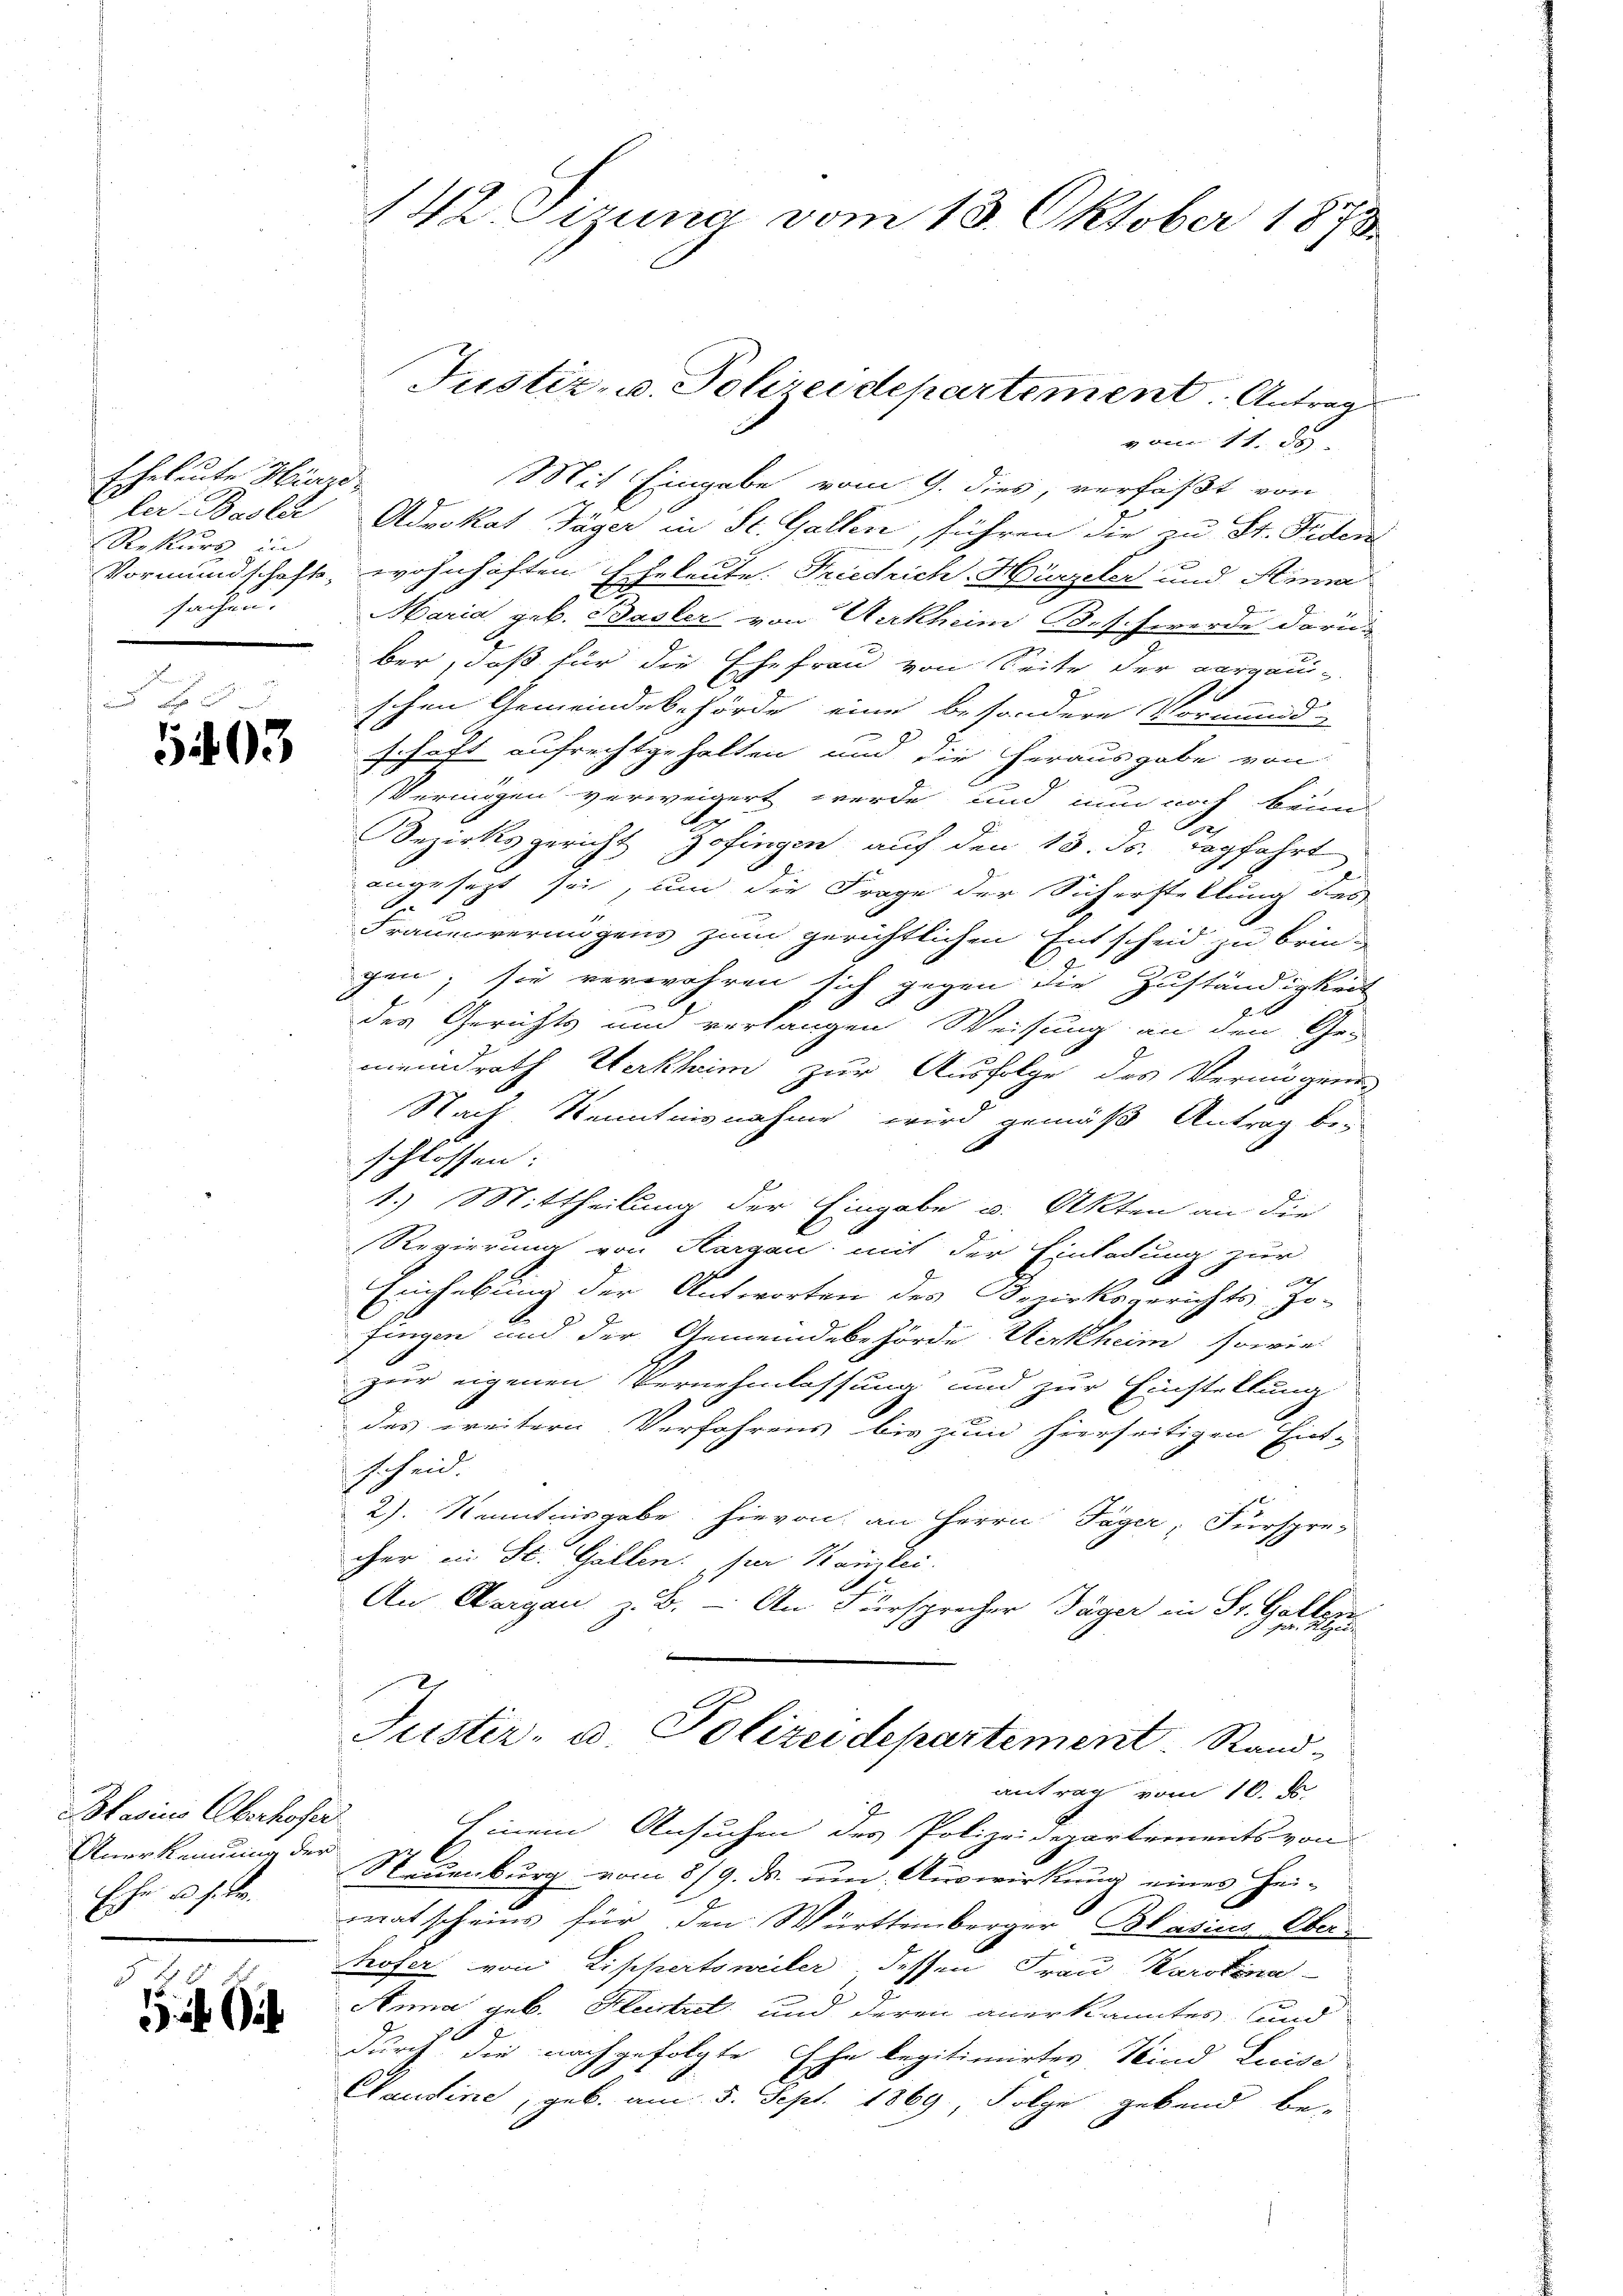
Eheleute Hirze
Rekurs in
sachen.

Blasius Oberhofer
Anerkennung der
Ehr. a. h. de
E

1

vom 11. de
Mit Eingabe vom 9. dies, verfaßt von
ler Basler Advokat Jäger in St. Gallen, führen die zu St. Seiten
Vormundschaft, wohnhaften Eheleute. Friedrich. Hürzeler und Hina
d
Maria geb. Basler von Verkheim Beschwerde darun
ber, daß für die Ehefrau von Seite der aargau-
schen Gemeindebehörde eine besondere Vormund-
schaft aufrechtgehalten und die herausgabe von
Vermögen verweigert werde und nun noch beim
.
e
d
Bezirksgericht Gofingen auf den 18. ds. pagfahrt
angesezt sei, um die Frage der Sicherstellung des
Frauenvermögens zum gerichtlichen Entscheid zu bringen; sie verwahren sich gegen die Zuständigkeit
des Gerichts und verlangen Weisung an den Ge-
meindrath Herkheim zur Ausfolge des Vermögen
Nach Kenntnisnahme wird gemäß Antrag bei
schlossen:
1.) Mittheilung der Eingabe u. Akten an die
Regierung von Hargau mit der Einladung zur
2
Einhebung der Antworten des Bezirksgerichts Jo-
fingen und der Gemeindebehörde Werkheim, sowie
eiung
zur eigenen Vernehmlassung und zur Einstellung
.
2
des weitern Verfahrens bis zum hierseitigen Ent-
scheid.
2). Kenntnisgabe hievon an Herrn Jäger, Fürspre-
cher ein St. Gallen sie Kanzlei.
An Aargau z. B. - An Fürsprecher Jäger in St. Gallen
Justiz- u. Polizeidepartement. Sandantrag vom 10. ds.
Einem Ansuchen des Polizeidepartements von
2
Neuenburg vom 8/9. ds. um Auswirkung eines Heimatscheins für den Württemberger Blasius Oberhofer von Liphertsweiler dessen Frau Karolina
Anna geb. Heintret und deren anerkanntes und
durch die nachgefolgte Ehe legitimirtes Kind Luise
x
Hausine, geb. am 5. Sept. 1869, Folge gebend be-

142. Sizung vom 13. Oktober 1873

Justiz- u. Polizeidepartement. Antrag